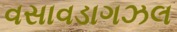
વસાવડાગઝલ